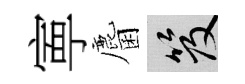
寕麕笈